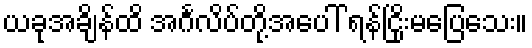
ယခုအချိန်ထိ အင်္ဂလိပ်တို့အပေါ် ရန်ငြိုးမပြေသေး။